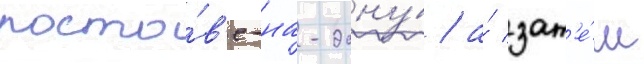
росто́в'е-на-дону́ / а́ зат'е́м